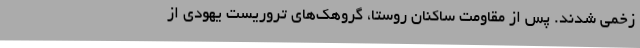
زخمی شدند. پس از مقاومت ساکنان روستا، گروهک‌های تروریست یهودی از